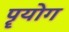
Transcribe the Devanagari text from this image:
पॄयोग